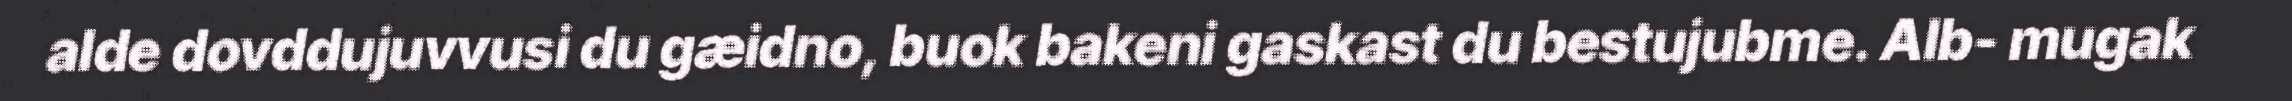
alde dovddujuvvusi du gæidno, buok bakeni gaskast du bestujubme. Alb- mugak